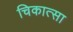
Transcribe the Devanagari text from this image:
चिकात्सा